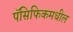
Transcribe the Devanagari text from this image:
पॅसिफिकमधील